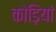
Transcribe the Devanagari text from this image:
कोड़ियां